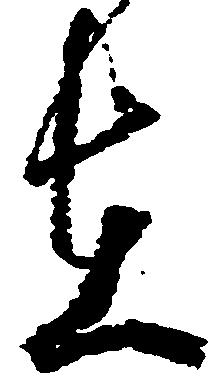
在